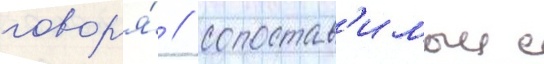
говор'я́ / сопостав'имыи с